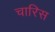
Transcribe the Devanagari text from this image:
चारिस